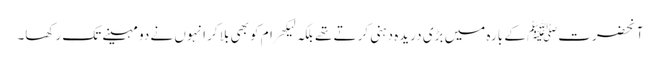
آنحضرتﷺ کے بارہ میں بڑی دریدہ دہنی کرتے تھے بلکہ لیکھرام کو بھی بلا کر انہوں نے دو مہینے تک رکھا۔